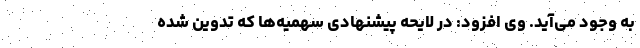
به وجود می‌آید. وی افزود: در لایحه پیشنهادی سهمیه‌ها که تدوین شده